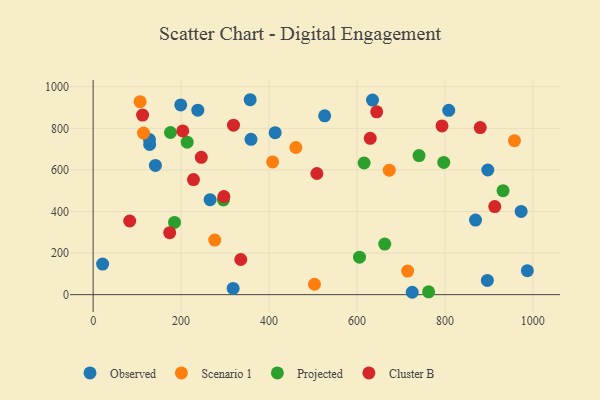
{"axis": {"x": "Experience", "y": "Sales"}, "legend": ["Cluster B", "Observed", "Projected", "Scenario 1"], "data": [{"x": "897.6", "y": 599.7, "type": "Observed"}, {"x": "526.6", "y": 860.3, "type": "Observed"}, {"x": "238.1", "y": 887.4, "type": "Observed"}, {"x": "359.0", "y": 747.3, "type": "Observed"}, {"x": "973.4", "y": 400.2, "type": "Observed"}, {"x": "896.6", "y": 68.4, "type": "Observed"}, {"x": "199.2", "y": 912.4, "type": "Observed"}, {"x": "141.6", "y": 621.7, "type": "Observed"}, {"x": "128.6", "y": 722.3, "type": "Observed"}, {"x": "869.7", "y": 358.6, "type": "Observed"}, {"x": "357.2", "y": 937.6, "type": "Observed"}, {"x": "635.4", "y": 936.0, "type": "Observed"}, {"x": "987.6", "y": 115.3, "type": "Observed"}, {"x": "128.1", "y": 746.2, "type": "Observed"}, {"x": "21.6", "y": 146.9, "type": "Observed"}, {"x": "725.7", "y": 11.5, "type": "Observed"}, {"x": "808.8", "y": 886.7, "type": "Observed"}, {"x": "318.4", "y": 29.8, "type": "Observed"}, {"x": "266.0", "y": 456.7, "type": "Observed"}, {"x": "414.0", "y": 779.1, "type": "Observed"}, {"x": "461.0", "y": 707.9, "type": "Scenario 1"}, {"x": "673.5", "y": 598.8, "type": "Scenario 1"}, {"x": "276.6", "y": 262.7, "type": "Scenario 1"}, {"x": "106.8", "y": 928.1, "type": "Scenario 1"}, {"x": "503.4", "y": 50.0, "type": "Scenario 1"}, {"x": "114.6", "y": 777.1, "type": "Scenario 1"}, {"x": "715.3", "y": 113.7, "type": "Scenario 1"}, {"x": "408.2", "y": 638.3, "type": "Scenario 1"}, {"x": "958.2", "y": 740.8, "type": "Scenario 1"}, {"x": "932.3", "y": 500.0, "type": "Projected"}, {"x": "663.2", "y": 243.3, "type": "Projected"}, {"x": "175.9", "y": 779.9, "type": "Projected"}, {"x": "797.4", "y": 636.1, "type": "Projected"}, {"x": "741.2", "y": 669.0, "type": "Projected"}, {"x": "605.8", "y": 180.3, "type": "Projected"}, {"x": "616.3", "y": 633.2, "type": "Projected"}, {"x": "213.9", "y": 733.4, "type": "Projected"}, {"x": "296.3", "y": 455.2, "type": "Projected"}, {"x": "763.0", "y": 13.8, "type": "Projected"}, {"x": "185.1", "y": 347.5, "type": "Projected"}, {"x": "112.5", "y": 863.6, "type": "Cluster B"}, {"x": "335.8", "y": 169.1, "type": "Cluster B"}, {"x": "246.0", "y": 660.5, "type": "Cluster B"}, {"x": "508.9", "y": 582.7, "type": "Cluster B"}, {"x": "297.4", "y": 471.9, "type": "Cluster B"}, {"x": "203.8", "y": 787.6, "type": "Cluster B"}, {"x": "644.9", "y": 879.6, "type": "Cluster B"}, {"x": "83.2", "y": 354.4, "type": "Cluster B"}, {"x": "174.1", "y": 298.1, "type": "Cluster B"}, {"x": "880.4", "y": 803.5, "type": "Cluster B"}, {"x": "228.2", "y": 553.4, "type": "Cluster B"}, {"x": "630.2", "y": 751.8, "type": "Cluster B"}, {"x": "319.2", "y": 815.4, "type": "Cluster B"}, {"x": "913.4", "y": 423.6, "type": "Cluster B"}, {"x": "793.4", "y": 811.7, "type": "Cluster B"}]}